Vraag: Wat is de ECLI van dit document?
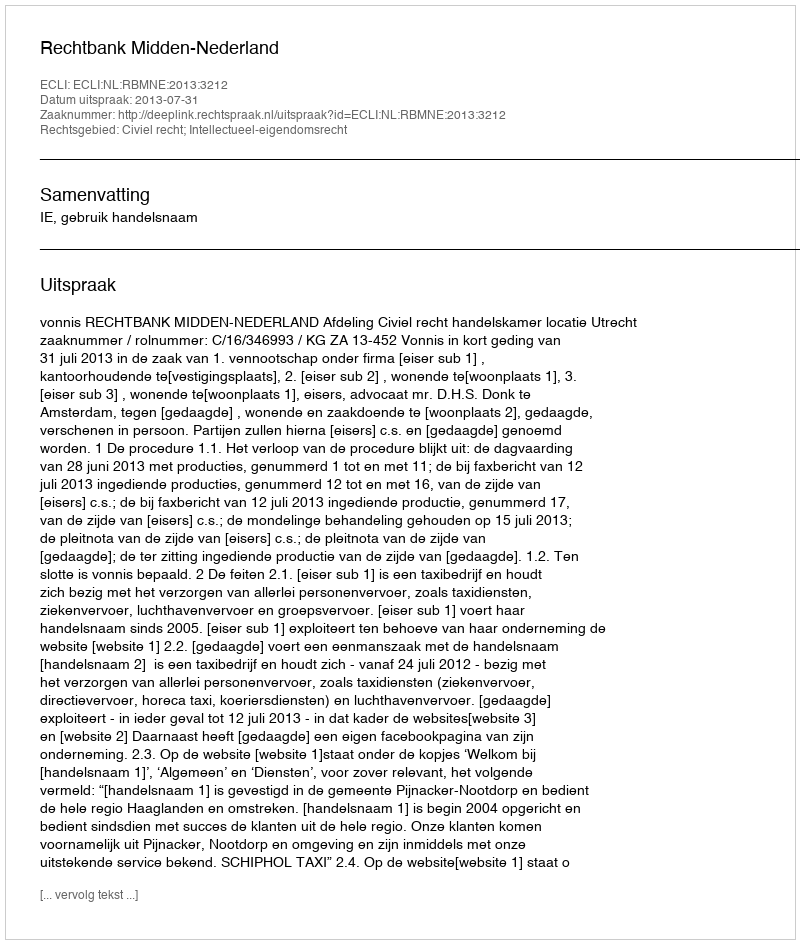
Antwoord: ECLI:NL:RBMNE:2013:3212